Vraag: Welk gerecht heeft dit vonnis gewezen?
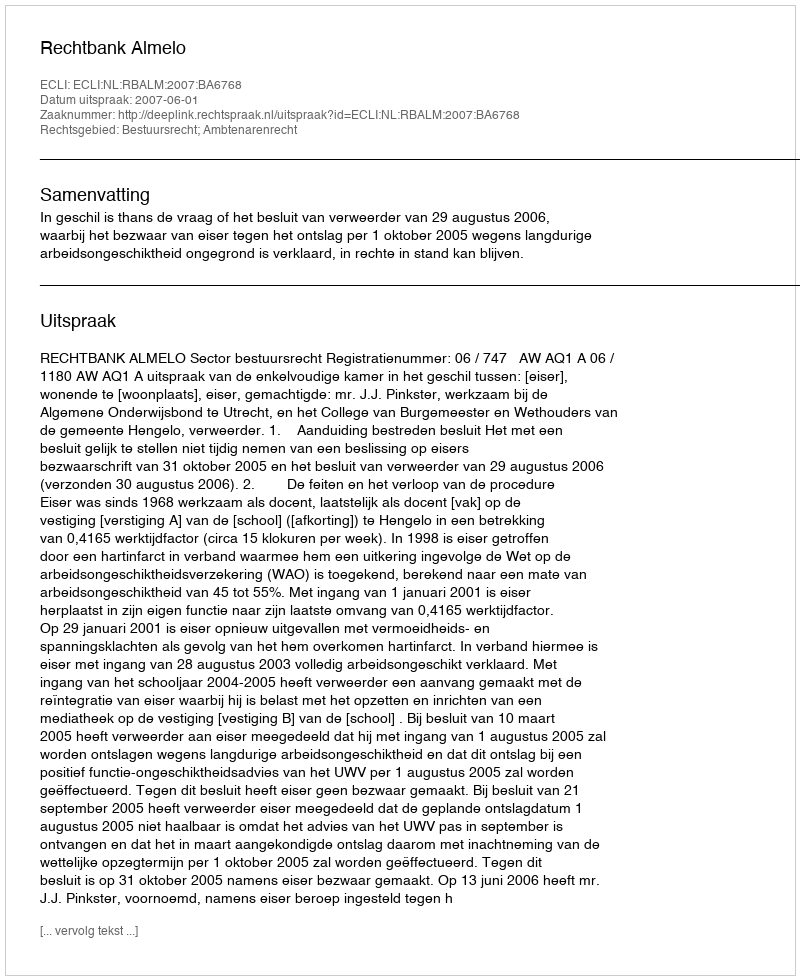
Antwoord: Rechtbank Almelo